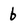
Character: b